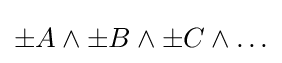
\pm A\land \pm B\land \pm C\land \ldots